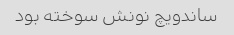
ساندویچ نونش سوخته بود